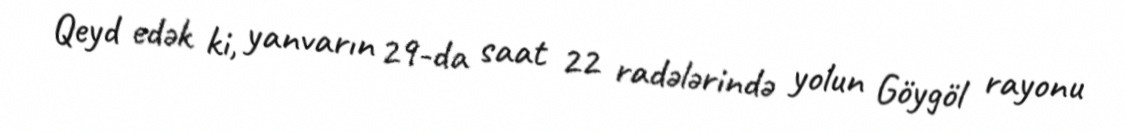
Qeyd edək ki, yanvarın 29-da saat 22 radələrində yolun Göygöl rayonu